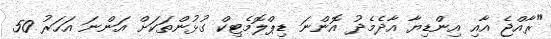
"ރާއްޖެ އާއި އިންޑިޔާ އާދެމެދު އޮންނަ ޑިޕްލޮމެޓިކް ގުޅުންތަކަށް އަންނަ އަހަރު 50